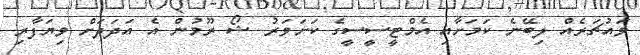
ވައުޗަރެއް ލިބޭނެ ކަމަށާއި އެމްޓީސީސީގެ ކަށަވަރު ޝޯ ރޫމުން އެ އަދަދަށް ވިޔަފާރި